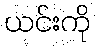
ယင်းကို